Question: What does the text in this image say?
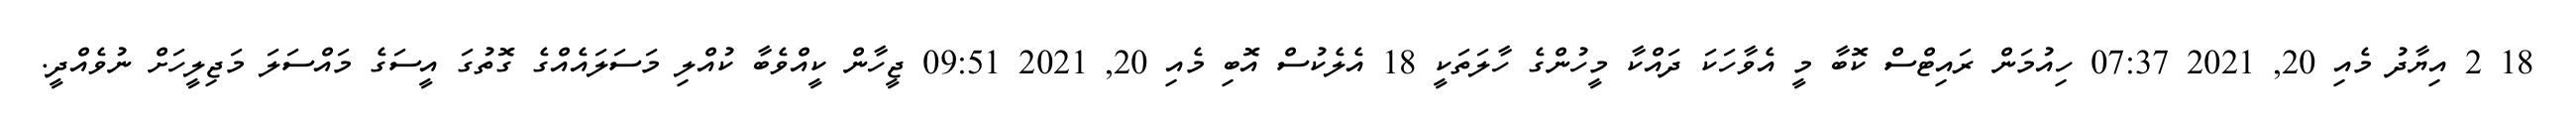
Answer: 18 2 އިޔާދު މެއި 20, 2021 07:37 ހިއުމަން ރައިޓްސް ކޮބާ މީ އެވާހަކަ ދައްކާ މީހުންގެ ހާލަތަކީ 18 އެލެކުސް އޮބި މެއި 20, 2021 09:51 ޖީހާން ކީއްވެބާ ކުއްލި މަސަލައެއްގެ ގޮތުގަ އީސަގެ މައްސަލަ މަޖިލީހަށް ނުވެއްދީ.